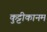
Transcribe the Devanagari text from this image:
कुट्टीकानम